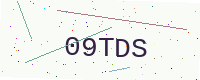
Text: 09TDS